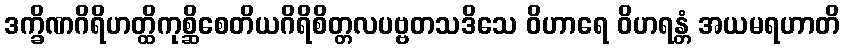
ဒက္ခိဏဂိရိဟတ္ထိကုစ္ဆိစေတိယဂိရိစိတ္တလပဗ္ဗတသဒိသေ ဝိဟာရေ ဝိဟရန္တံ အယမရဟာတိ